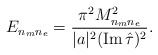
\begin{align*}E_{n_m n_e}={\pi^2 M_{n_mn_e}^2\over |a|^2({\rm Im}\, \hat\tau)^2}.\end{align*}